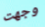
وجهت